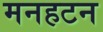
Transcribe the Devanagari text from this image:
मनहटन